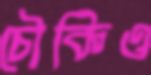
চৌকিও